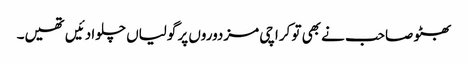
بھٹو صاحب نے بھی تو کراچی مزدوروں پر گولیاں چلوا دئیں تھیں۔